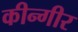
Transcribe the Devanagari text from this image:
कीन्गीर